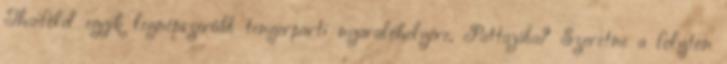
Thaiföld egyik legnépszerűbb tengerparti nyaralóhelyére, Pattajába? Szeretne a folyton